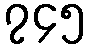
၇၄၅